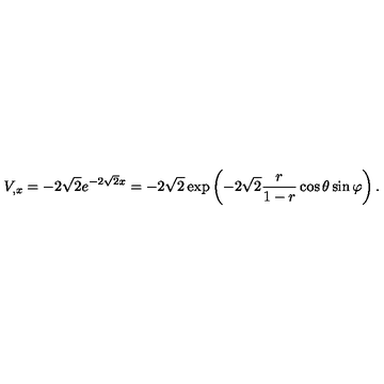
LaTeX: V _ { , x } = - 2 \sqrt { 2 } e ^ { - 2 \sqrt { 2 } x } = - 2 \sqrt { 2 } \exp \left( - 2 \sqrt { 2 } { \frac { r } { 1 - r } } \cos \theta \sin \varphi \right) .